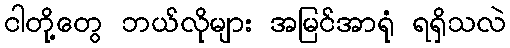
ငါတို့တွေ ဘယ်လိုများ အမြင်အာရုံ ရရှိသလဲ